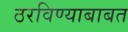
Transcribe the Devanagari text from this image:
ठरविण्याबाबत